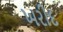
ખરીદ